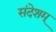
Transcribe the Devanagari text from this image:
संदेशम्